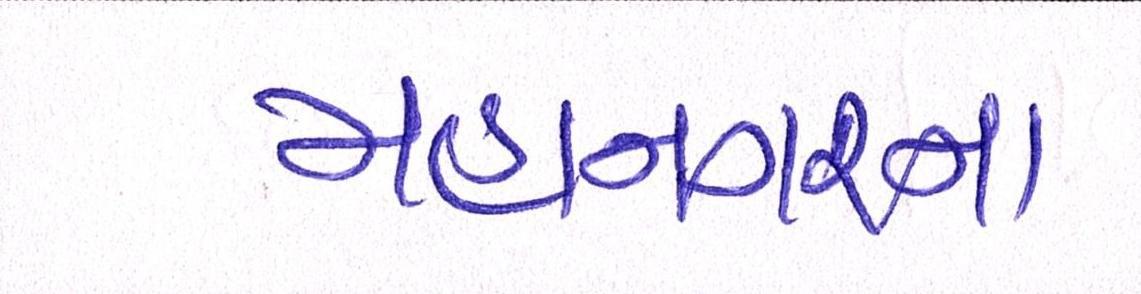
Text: મહાનગરના